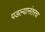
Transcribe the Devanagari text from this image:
पडल्यानंतरच